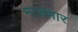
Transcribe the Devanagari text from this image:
माजणार